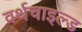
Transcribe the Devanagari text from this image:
वर्थचाइल्ड